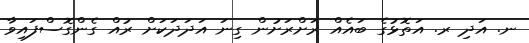
ނ. އަދި ރ. އަތޮޅުގެ ބައެއް ރަށްރަށުން ގިނަ އަދަދަކަށް ރުއް ގެންގޮސްފައިވާ